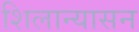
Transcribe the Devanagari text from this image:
शिलान्यासन